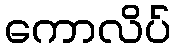
ကောလိပ်